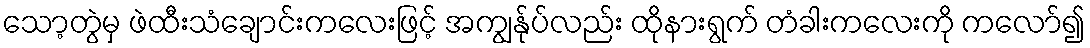
သော့တွဲမှ ဖဲထီးသံချောင်းကလေးဖြင့် အကျွန်ုပ်လည်း ထိုနားရွက် တံခါးကလေးကို ကလော်၍